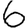
Digit: 6